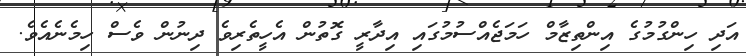
އަދި ހިންގުމުގެ އިންތިޒާމް ހަމަޖެއްސުމުގައި އިދާރީ ގޮތުން އެހީތެރިވެ ދިނުން ވެސް ހިމެނެއެވެ.